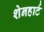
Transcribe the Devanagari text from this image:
शेनहार्ट